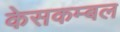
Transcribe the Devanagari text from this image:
केसकम्बल